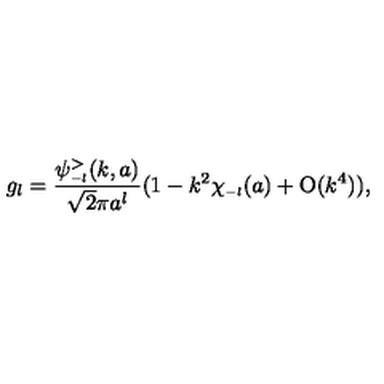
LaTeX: g _ { l } = \frac { \psi _ { \scriptscriptstyle { - l } } ^ { > } ( k , a ) } { \sqrt 2 \pi a ^ { l } } ( 1 - k ^ { 2 } \chi _ { \scriptscriptstyle { - l } } ( a ) + \mathrm { O } ( k ^ { 4 } ) ) ,